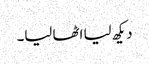
دیکھ لیا اٹھا لیا۔